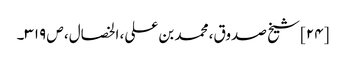
[۲۴] شیخ صدوق، محمد بن علی، الخصال، ص ۳۱۹۔